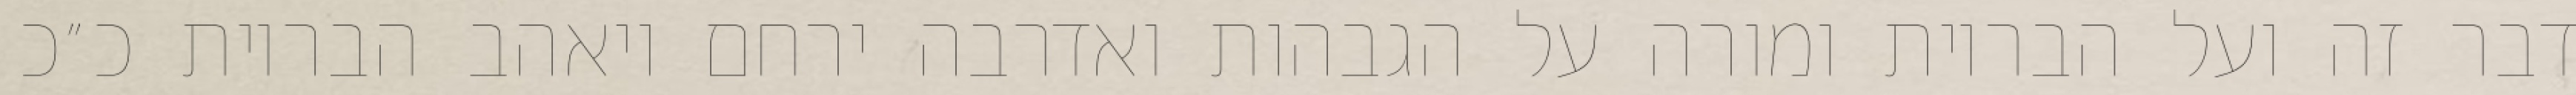
דבר זה ועל הבריות ומורה על הגבהות ואדרבה ירחם ויאהב הבריות כ״כ